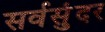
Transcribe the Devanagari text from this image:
सर्वसुंदर